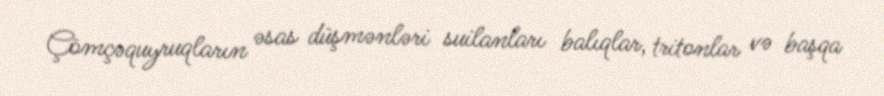
Çömçəquyruqların əsas düşmənləri suilanları balıqlar, tritonlar və başqa